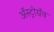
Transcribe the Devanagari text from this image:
अॅस्ट्रोग्रॅव